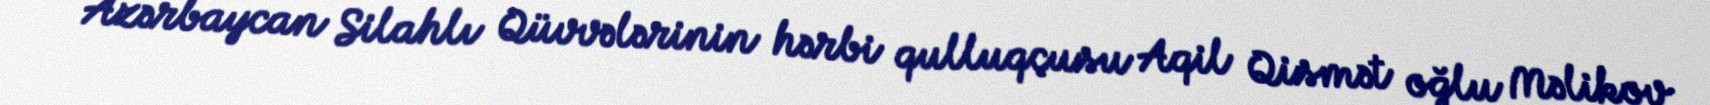
Azərbaycan Silahlı Qüvvələrinin hərbi qulluqçusu Aqil Qismət oğlu Məlikov